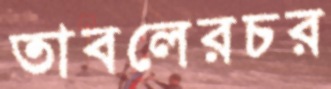
তাবলেরচর